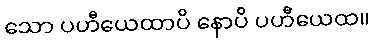
သော ပဟီယေထာပိ နောပိ ပဟီယေထ။